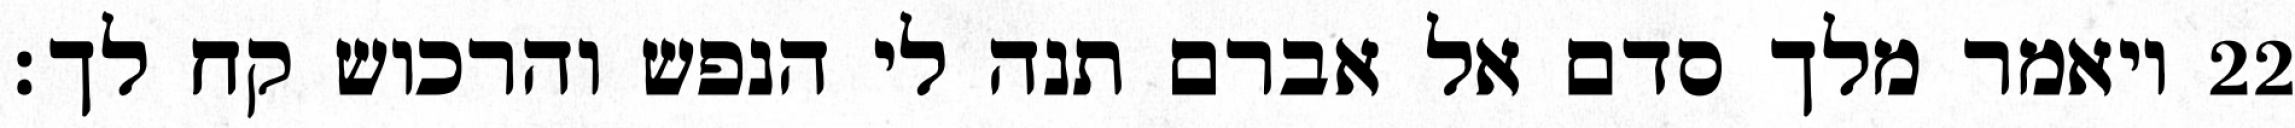
ויאמר מלך סדם אל אברם תנה לי הנפש והרכוש קח לך׃ ‎22‏